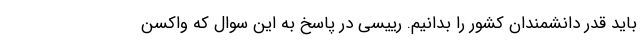
باید قدر دانشمندان کشور را بدانیم. رییسی در پاسخ به این سوال که واکسن